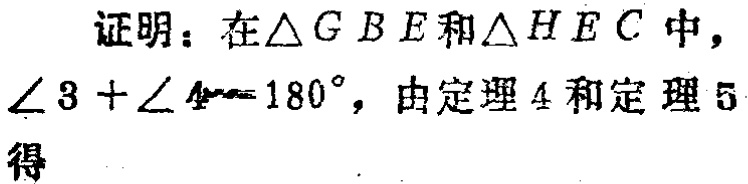
证明：在$\triangle GBE$和$\triangle HEC$中，
$\angle 3 + \angle 4 = 180^{\circ}$，由定理4和定理5
得